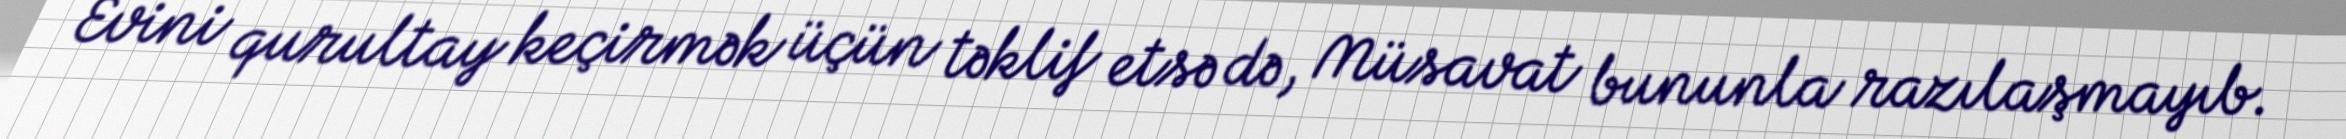
Evini qurultay keçirmək üçün təklif etsə də, Müsavat bununla razılaşmayıb.